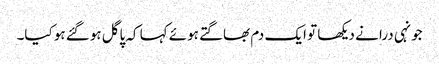
جونہی درا نے دیکھا تو ایک دم بھاگتے ہوئے کہا کہ پاگل ہوگئے ہو کیا۔